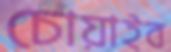
চোয়াইব